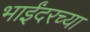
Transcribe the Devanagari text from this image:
भाईंदरच्या